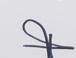
Signature authenticity: forged